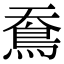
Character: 鴌